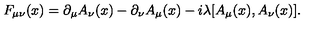
F _ { \mu \nu } ( x ) = \partial _ { \mu } A _ { \nu } ( x ) - \partial _ { \nu } A _ { \mu } ( x ) - i \lambda [ A _ { \mu } ( x ) , A _ { \nu } ( x ) ] .